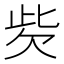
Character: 𣢙